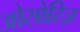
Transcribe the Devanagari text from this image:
ओसोरिज़